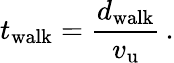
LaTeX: t_{\mathrm{walk}}=\frac{d_{\mathrm{walk}}}{v_{\mathrm{u}}}\, .